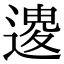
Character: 𨕟